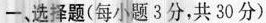
一、选择题(每小题3分，共30分)